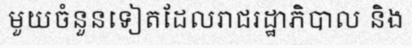
មួយចំនួនទៀតដែលរាជរដ្ឋាភិបាល និង